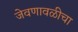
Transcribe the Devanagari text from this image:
जेवणावळीचा